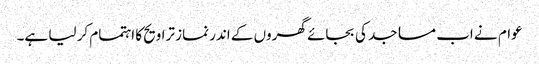
عوام نے اب مساجد کی بجائے گھروں کے اندر نماز تراویح کا اہتمام کر لیا ہے۔